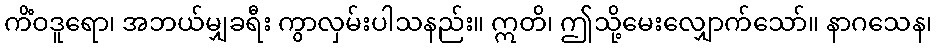
ကိံဝဒူရော၊ အဘယ်မျှခရီး ကွာလှမ်းပါသနည်း။ ဣတိ၊ ဤသို့မေးလျှောက်သော်။ နာဂသေန၊